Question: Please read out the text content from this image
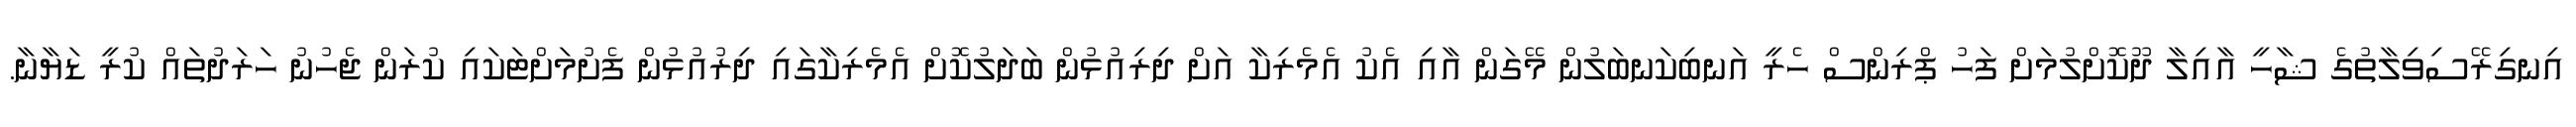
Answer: އިނގިރޭސިވިލާތުގެ ޝާހީ އާއިލާ ދޫކޮށްލުމަށް ފަހު ޕްރިންސް ހެރީ އަނބިކަނބަލުން މޭގަން އާއި އެކު އެމެރިކާ އަށް ދިރިއުޅުން ބަދަލުކޮށް އެމެރިކާގައި ދިރުއުޅުން ފެށުމަށްޓަކައި ކުރަން ޖެހުނު ހަރަދުތައް ކުރީ ޑަޔާނާ.